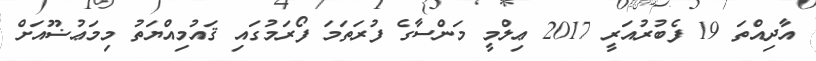
އާދިއްތަ 19 ފެބުރުއަރީ 2017 ޢިލްމީ މަންސާގެ ފުރަތަމަ ފޯރަމުގައި ޤައުމިއްޔަތު މިމަޢުޟޫއަށް